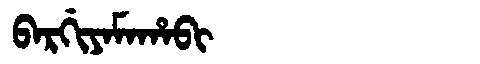
Manchu: ᠪᠠᡵᡤᡳᠶᠠᠮᠠᡥᠠᠪᡳ
Romanization: BARGIYAMAHABI